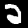
Label: 2